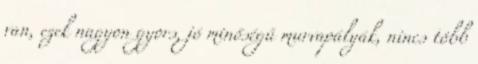
van, ezek nagyon gyors, jó minőségű murvapályák, nincs több